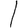
Digit: 1